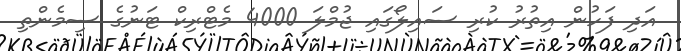
އަދި ފަހުން އިތުރު ކުރި ސައިލޯގައި ޖުމްލަ 4000 މެޓްރިކް ޓަނުގެ ސިމެންތި